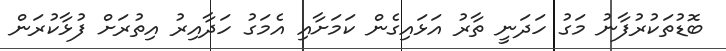
ބޮޑުތަކުރުފާނު މަގު ހަދަނީ ތާރު އަޅައިގެން ކަމަށާއި އެމަގު ހަދާއިރު އިތުރަށް ފުޅާކުރަން